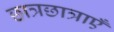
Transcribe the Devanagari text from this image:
छात्रछात्राएँ